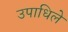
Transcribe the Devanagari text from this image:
उपाधिले